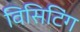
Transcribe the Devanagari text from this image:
विसिटिंग